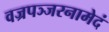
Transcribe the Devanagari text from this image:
वज्रपञ्जरनामेदं